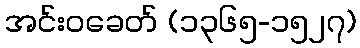
အင်းဝခေတ် (၁၃၆၅-၁၅၂၇)